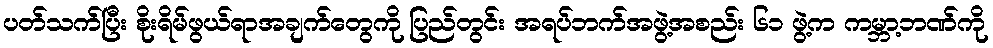
ပတ်သက်ပြီး စိုးရိမ်ဖွယ်ရာအချက်တွေကို ပြည်တွင်း အရပ်ဘက်အဖွဲ့အစည်း ၆၁ ဖွဲ့က ကမ္ဘာ့ဘဏ်ကို